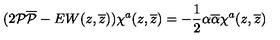
( 2 { \cal P } { \overline { { \cal P } } } - E W ( z , \overline { { z } } ) ) \chi ^ { a } ( z , \overline { { z } } ) = - \frac { 1 } { 2 } \alpha \overline { { \alpha } } \chi ^ { a } ( z , \overline { { z } } )